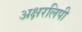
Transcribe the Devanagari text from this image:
अक्षरलिपी